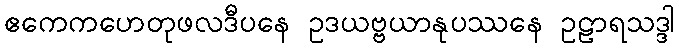
ဧကေကဟေတုဖလဒီပနေ ဥဒယဗ္ဗယာနုပဿနေ ဥဠာရသဒ္ဒါ